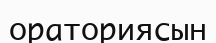
ораториясын